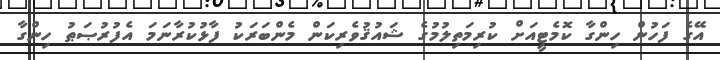
އޭގެ ފަހުން ހިންގާ ކޮމެޓީއަށް ކުރިމަތިލުމުގެ ޝައުޤުވެރިކަން މެންބަރަކު ފާޅުކުރާނަމަ އެފުރުޞަޠު ހިންގާ